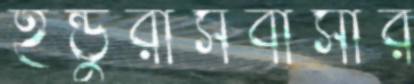
হন্ডুরাসবাসীর